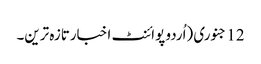
12 جنوری (اُردو پوائنٹ اخبارتازہ ترین۔